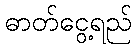
ဓာတ်ငွေ့ရည်